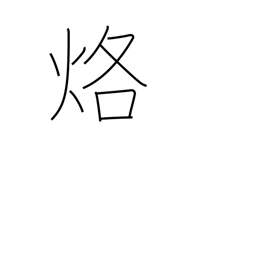
Meaning: burn